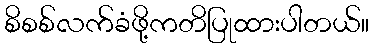
စိစစ်လက်ခံဖို့ကတိပြုထားပါတယ်။